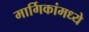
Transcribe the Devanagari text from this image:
मार्गिकांमध्ये